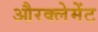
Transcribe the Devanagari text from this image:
औरक्लेमेंट